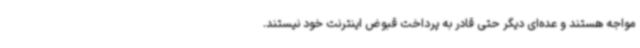
مواجه هستند و عده‌ای دیگر حتی قادر به پرداخت قبوض اینترنت خود نیستند.